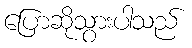
ပြောဆိုသွားပါသည်